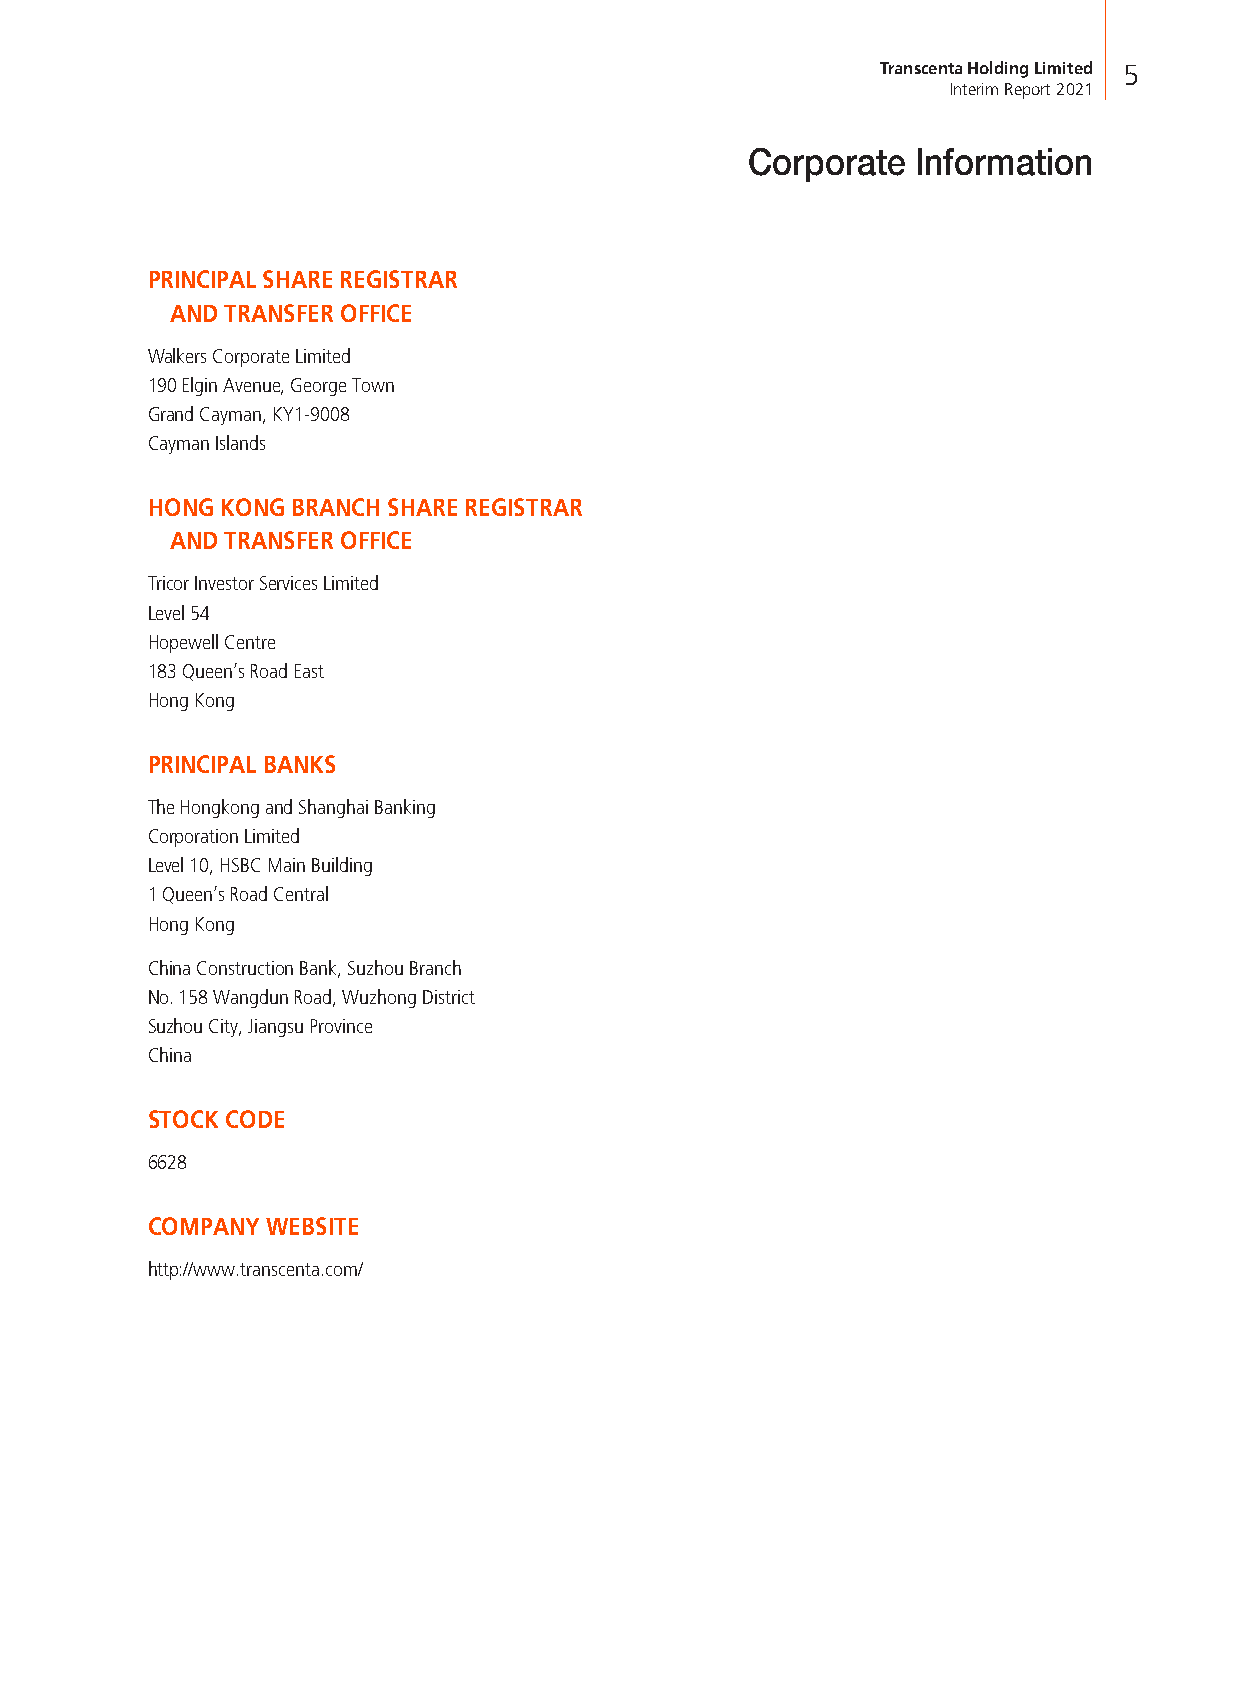
Transcenta Holding Limited 5
 Interim Report 2021
 Corporate   Information
 PRINCIPAL SHARE REGISTRAR
 AND TRANSFER OFFICE
 Walkers Corporate Limited
 190 Elgin Avenue, George Town
 Grand Cayman, KY1-9008
 Cayman Islands
 HONG KONG BRANCH SHARE REGISTRAR
 AND TRANSFER OFFICE
 Tricor Investor Services Limited
 Level 54
 Hopewell Centre
 183 Queen’s Road East
 Hong Kong
 PRINCIPAL BANKS
 The Hongkong and Shanghai Banking
 Corporation Limited
 Level 10, HSBC Main Building
 1 Queen’s Road Central
 Hong Kong
 China Construction Bank, Suzhou Branch
 No. 158 Wangdun Road, Wuzhong District
 Suzhou City, Jiangsu Province
 China
 STOCK CODE
 6628
 COMPANY WEBSITE
 http://www.transcenta.com/